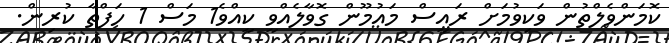
ކޮމަންވެލްތުން ވަކިވުމަށް ރައީސް މައުމޫން ގޮވާލެއްވީ ކީއްވެ1 މަސް 1 ހަފްތާ ކުރިން.